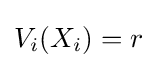
V_{i}(X_{i})=r